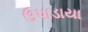
ઉપાડાયા